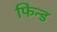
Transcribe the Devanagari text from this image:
फिन्ड